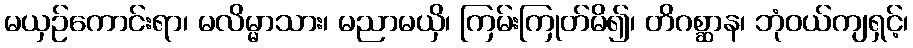
မယှဉ်ကောင်းရာ၊ မလိမ္မာသား၊ မညာမယှိ၊ ကြမ်းကြုတ်မိ၍၊ တိဂစ္ဆာန၊ ဘုံဝယ်ကျရှင့်၊